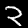
Label: 2